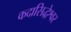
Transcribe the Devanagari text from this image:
कदासिद्धेश्वर